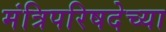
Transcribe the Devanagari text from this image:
मंत्रिपरिषदेच्या